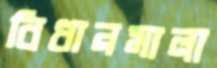
বিধানমালা